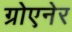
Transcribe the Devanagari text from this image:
ग्रोएनेर